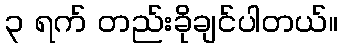
၃ ရက် တည်းခိုချင်ပါတယ်။